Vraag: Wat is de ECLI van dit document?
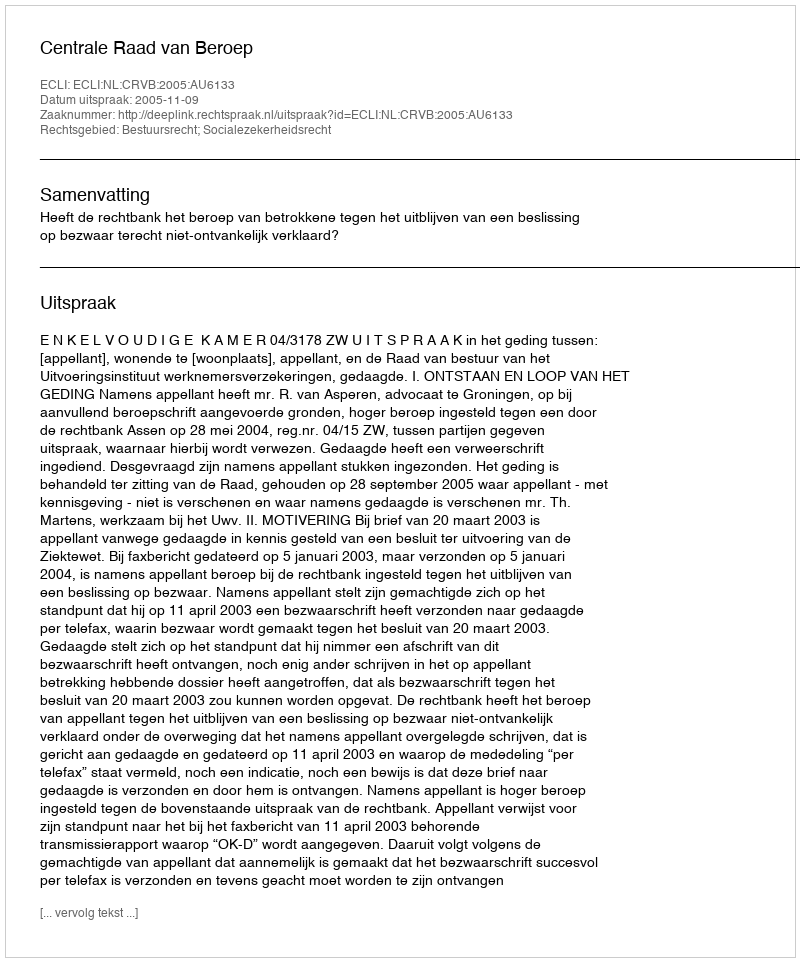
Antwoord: ECLI:NL:CRVB:2005:AU6133